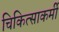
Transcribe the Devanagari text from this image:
चिकित्साकर्मी